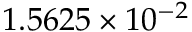
1 . 5 6 2 5 \times 1 0 ^ { - 2 }